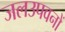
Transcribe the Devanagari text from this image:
जलउपवनों